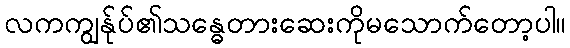
လကကျွန်ုပ်၏သန္ဓေတားဆေးကိုမသောက်တော့ပါ။